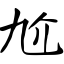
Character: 尬